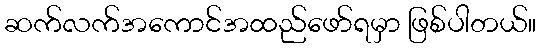
ဆက်လက်အကောင်အထည်ဖော်ရမှာ ဖြစ်ပါတယ်။